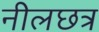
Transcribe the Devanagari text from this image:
नीलछत्र